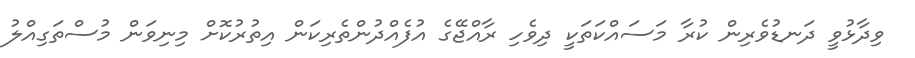
ވިދާޅުވީ ދަނޑުވެރިން ކުރާ މަސައްކަތަކީ ދިވެހި ރާއްޖޭގެ އުފެއްދުންތެރިކަން އިތުރުކޮށް މިނިވަން މުސްތަގިއްލު